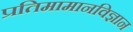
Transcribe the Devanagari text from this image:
प्रतिमामानविज्ञान